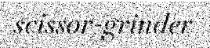
scissor-grinder